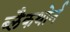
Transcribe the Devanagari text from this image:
ब्लैकथोर्न